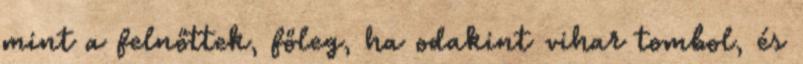
mint a felnőttek, főleg, ha odakint vihar tombol, és